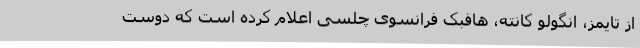
از تایمز، انگولو کانته، هافبک فرانسوی چلسی اعلام کرده است که دوست